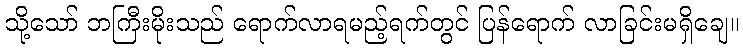
သို့သော် ဘကြီးမိုးသည် ရောက်လာရမည့်ရက်တွင် ပြန်ရောက် လာခြင်းမရှိချေ။